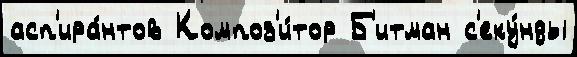
асп'ира́нтов Композ'и́тор Б'итман с'еку́нды